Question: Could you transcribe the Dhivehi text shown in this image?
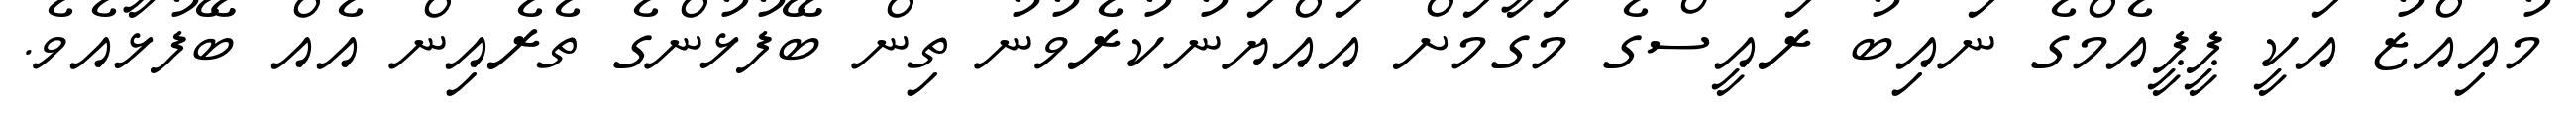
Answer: މުއިއްޒު އަކީ ޕީޕީއެމްގެ ނައިބު ރައީސްގެ މަގާމަށް އައްޔަނުކުރެވުނު ތިން ބޭފުޅުންގެ ތެރެއިން އެއް ބޭފުޅާއެވެ.